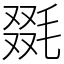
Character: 毲